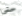
حتى